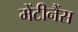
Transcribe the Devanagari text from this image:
मेंटीनैंस